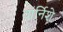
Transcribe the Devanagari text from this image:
वॉर्निशे